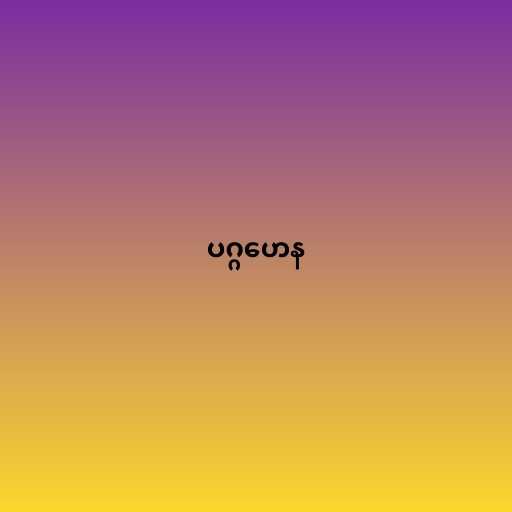
ပဂ္ဂဟေန